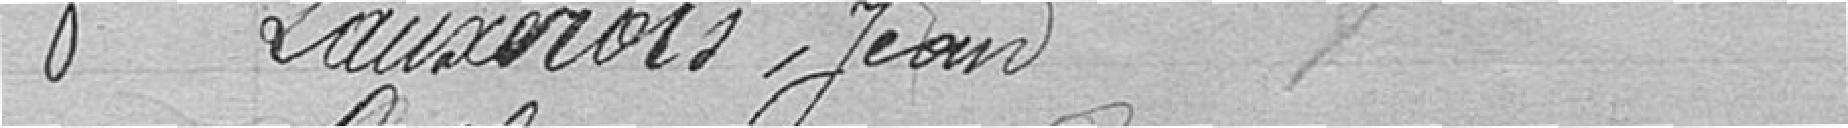
8. Lauxerois, Jean